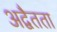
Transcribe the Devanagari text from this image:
अद्वैतता